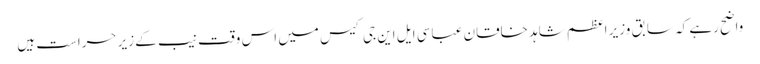
واضح رہے کہ سابق وزیر اعظم شاہد خاقان عباسی ایل این جی کیس میں اس وقت نیب کے زیر حراست ہیں